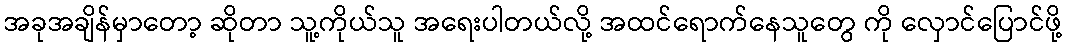
အခုအချိန်မှာတော့ ဆိုတာ သူ့ကိုယ်သူ အရေးပါတယ်လို့ အထင်ရောက်နေသူတွေ ကို လှောင်ပြောင်ဖို့